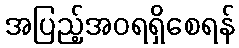
အပြည့်အဝရရှိစေရန်